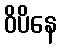
ဝိပိနေ